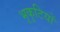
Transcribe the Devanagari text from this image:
भृकुटियों